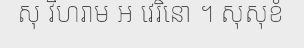
សុ វិហរាម ឣ វេរិនោ ។ សុសុខំ